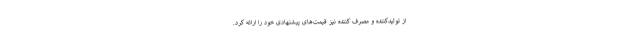
از تولیدکننده و مصرف کننده نیز قیمت‌های پیشنهادی خود را ارائه کرد.